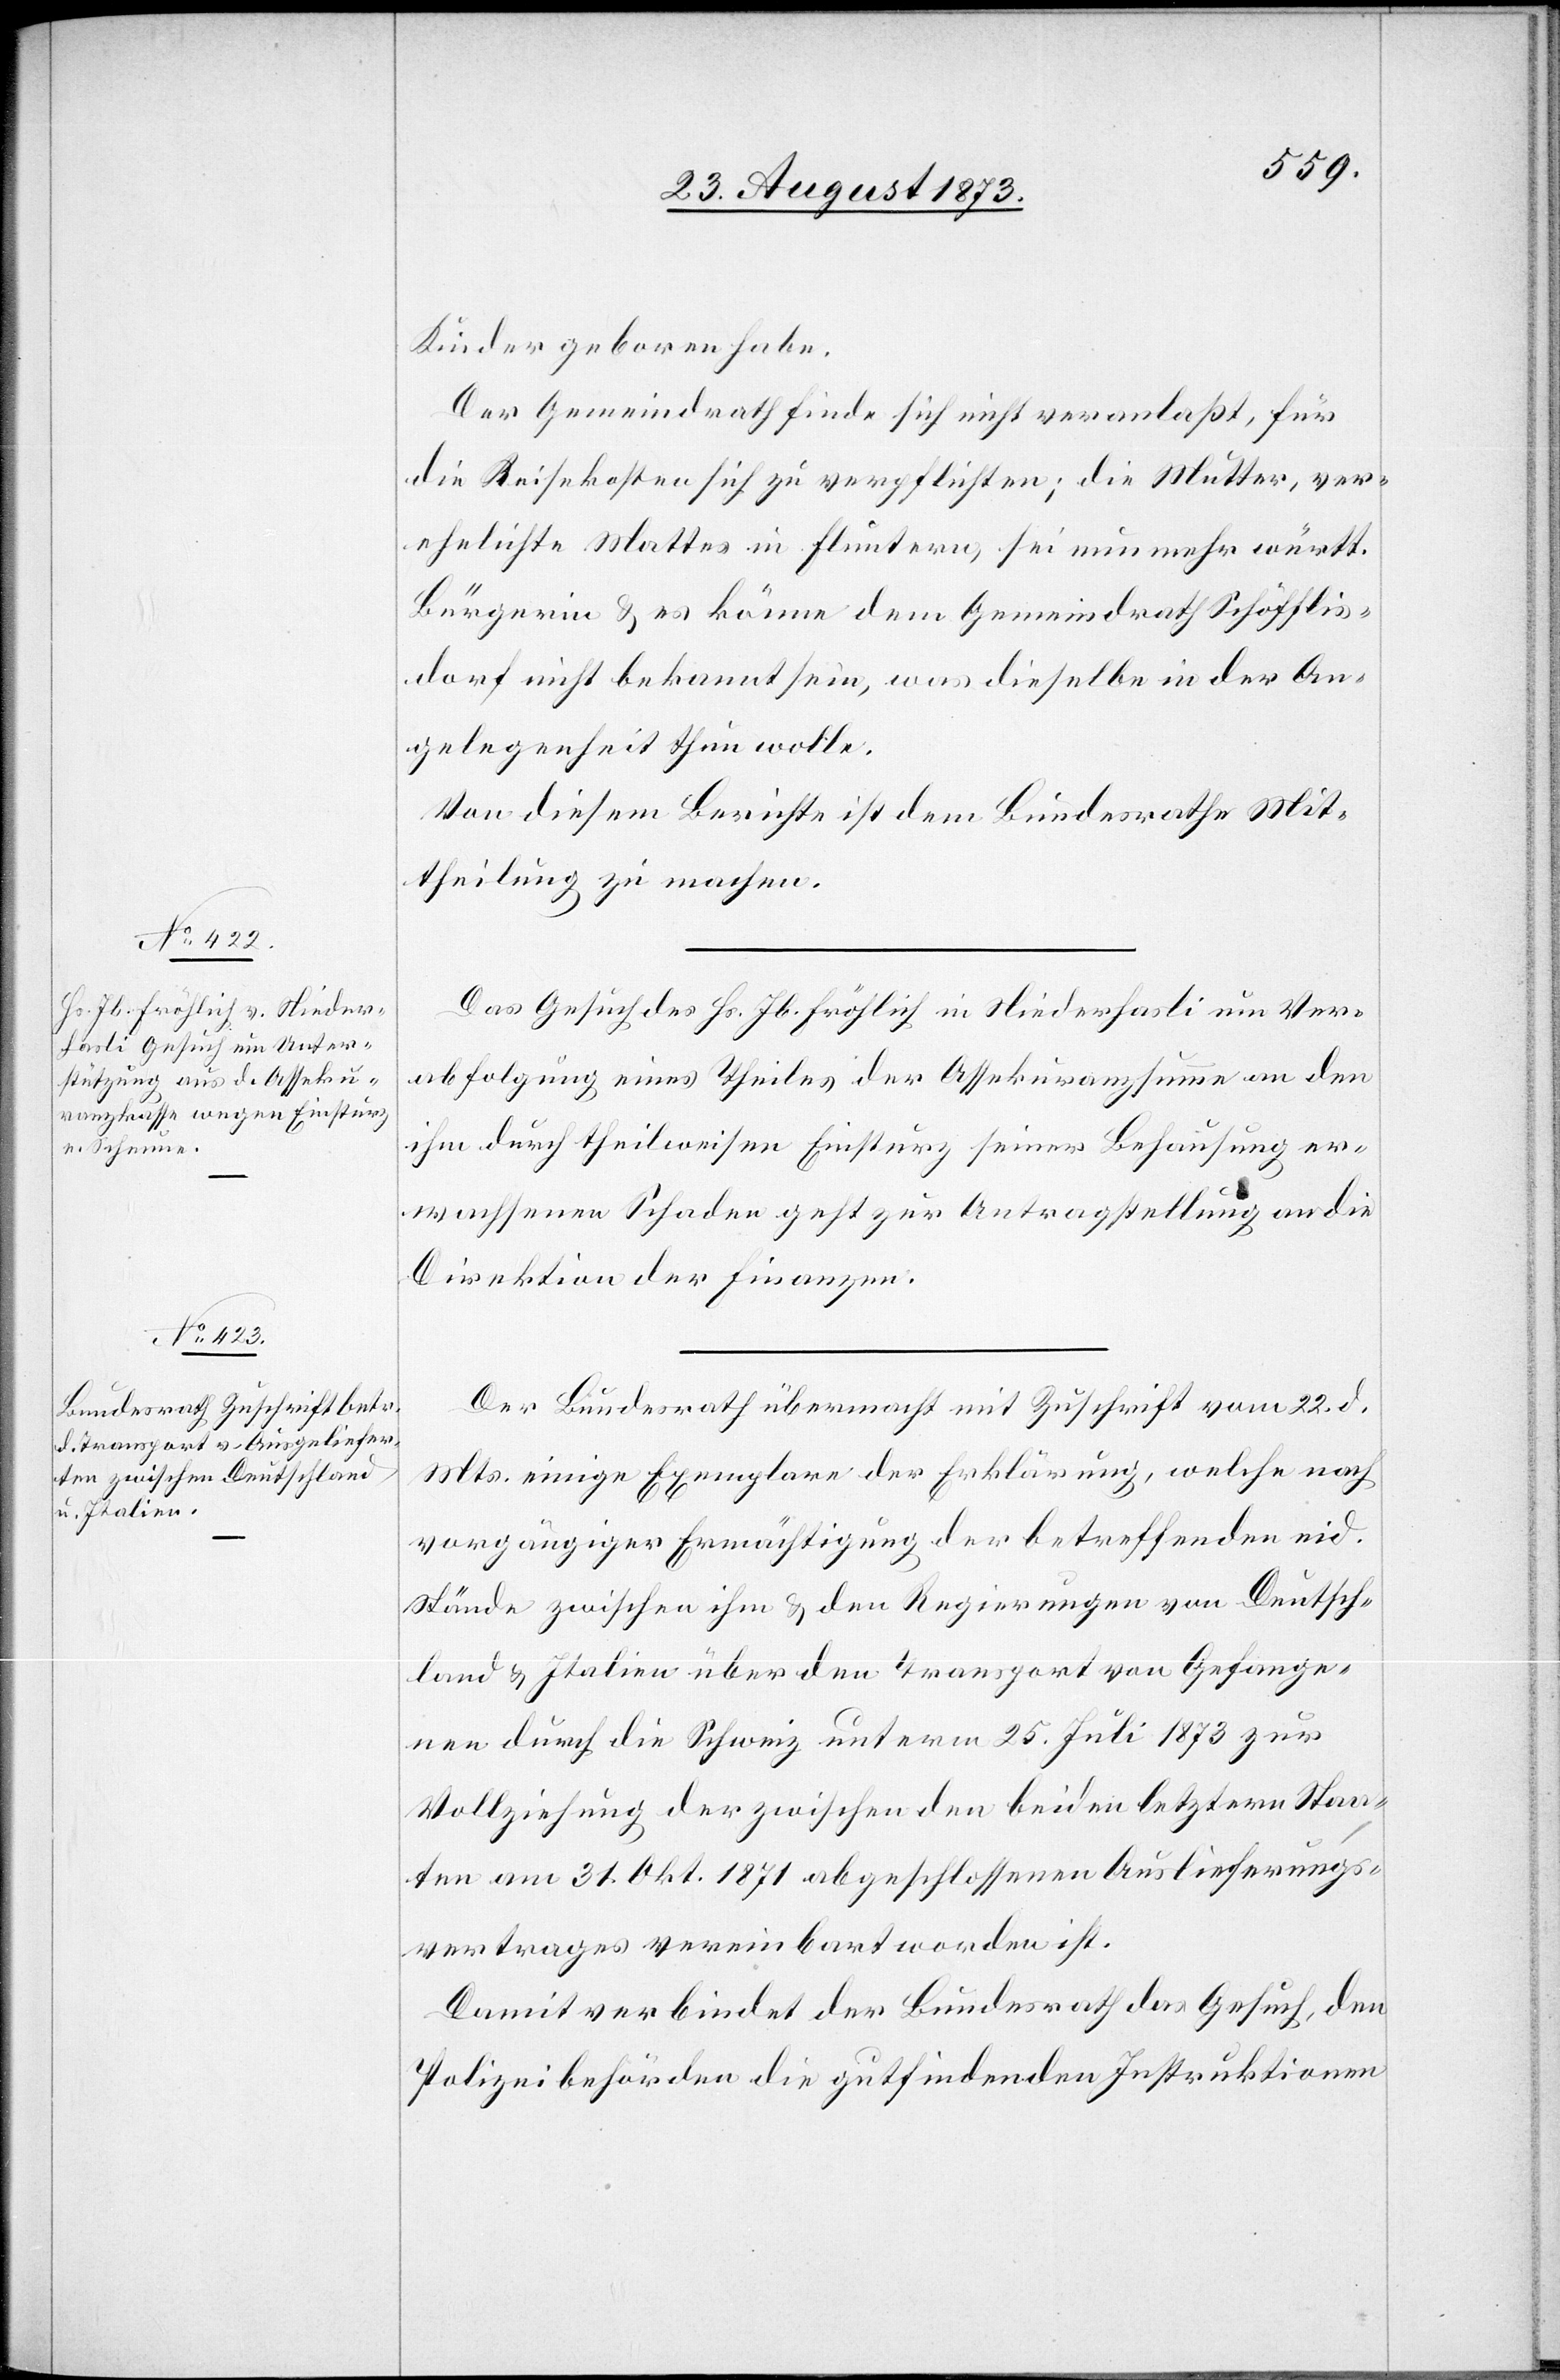
26. August 1873.]
Kinder geboren habe.
Der Gemeindrath finde sich nicht veranlaßt, für
die Reisekosten sich zu verpflichten; die Mutter, ver¬
ehelichte Mattes in Fluntern, sei nunmehr württ.
Bürgerin & es könne dem Gemeindrath Schöfflis¬
dorf nicht bekannt sein, was dieselbe in der An¬
gelegenheit thun wolle.
Von diesem Berichte ist dem Bundesrathe Mit¬
theilung zu machen.
Das Gesuch des Hs. Jb. Fröhlich in Niederhasli um Ver¬
abfolgung eines Theiles der Assekuranzsumme an den
ihm durch theilweisen Einsturz seiner Behausung er¬
wachsenen Schaden geht zur Antragstellung an die
Direktion der Finanzen.
Der Bundesrath übermacht mit Zuschrift vom 22. d.
Mts. einige Exemplare der Erklärung, welche nach
vorgängiger Ermächtigung der betreffenden eid.
Stände zwischen ihm & den Regierungen von Deutsch¬
land & Italien über den Transport von Gefange¬
nen durch die Schweiz unterm 25. Juli 1873 zur
Vollziehung der [sic!] zwischen den beiden letztern Staa¬
ten am 31. Okt. 1871 abgeschlossenen Auslieferungs¬
vertrages vereinbart worden ist.
Damit verbindet der Bundesrath das Gesuch, den
Polizeibehörden die gutfindenden Instruktionen